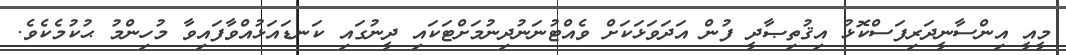
މީއީ އިންސާނީދަރިފަސްކޮޅު އިޤުތިޞާދީ ފުން އަދަވަޅަކަށް ވެއްޓުނަނުދިނުމަށްޓަކައި ދީނުގައި ކަނޑައަޅުއްވާފައިވާ މުހިންމު ޙުކުމެކެވެ.